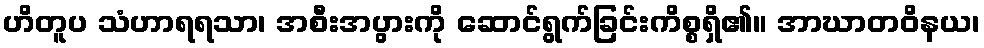
ဟိတူပ သံဟာရရသာ၊ အစီးအပွားကို ဆောင်ရွက်ခြင်းကိစ္စရှိ၏။ အာဃာတဝိနယ၊